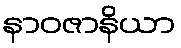
နာဝဇာနိယာ